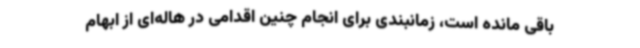
باقی مانده است، زمانبندی برای انجام چنین اقدامی در هاله‌ای از ابهام